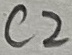
Text: C2